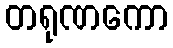
တရုဏကော